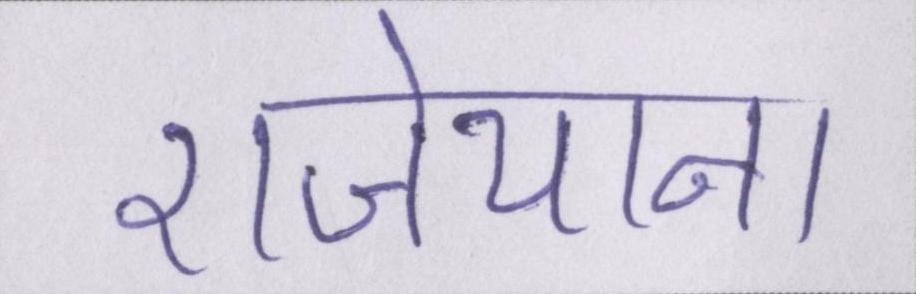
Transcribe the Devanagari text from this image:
राजेयाना